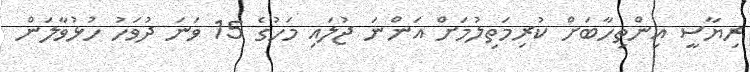
ރިޔާސީ އިންތިހާބަށް ކުރިމަތިލުމަށް އަންނަ ޖުލައި މަހުގެ 15 ވަނަ ދުވަހު ހުޅުވާލަން